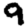
Digit: 9